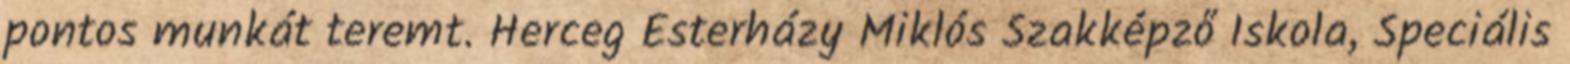
pontos munkát teremt. Herceg Esterházy Miklós Szakképző Iskola, Speciális